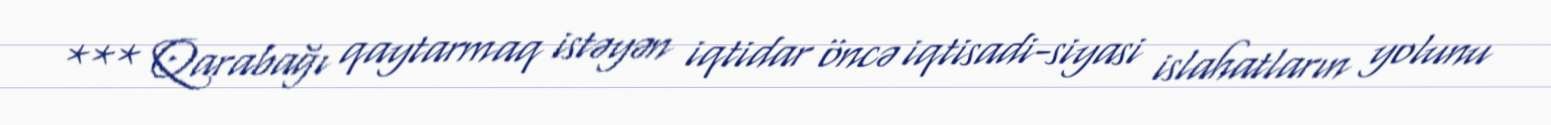
*** Qarabağı qaytarmaq istəyən iqtidar öncə iqtisadi-siyasi islahatların yolunu